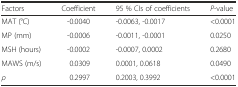
<table><thead><tr><td><b>Factors</b></td><td><b>Coefficient</b></td><td><b>95 % CIs of coefficients</b></td><td><b><i>P</i>-value</b></td></tr></thead><tbody><tr><td>MAT (°C)</td><td>-0.0040</td><td>-0.0063, -0.0017</td><td>&lt;0.0001</td></tr><tr><td>MP (mm)</td><td>-0.0006</td><td>-0.0011, -0.0001</td><td>0.0250</td></tr><tr><td>MSH (hours)</td><td>-0.0002</td><td>-0.0007, 0.0002</td><td>0.2680</td></tr><tr><td>MAWS (m/s)</td><td>0.0309</td><td>0.0001, 0.0618</td><td>0.0490</td></tr><tr><td><i>ρ</i></td><td>0.2997</td><td>0.2003, 0.3992</td><td>&lt;0.0001</td></tr></tbody></table>